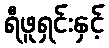
ရီဖူရှင်းနှင့်